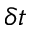
\delta t